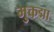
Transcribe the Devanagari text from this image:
मुकद्मा